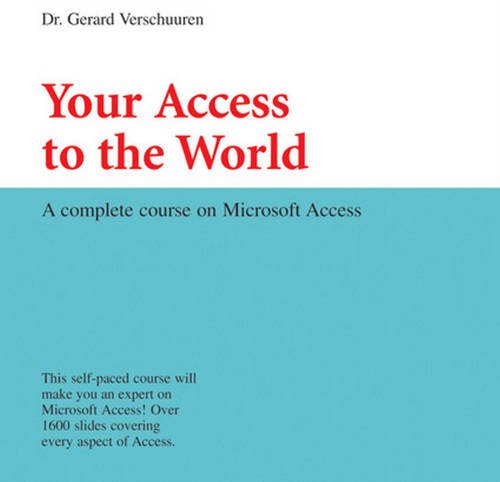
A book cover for Your Access to the World: A Complete Course on Microsoft Access (Visual Training series); Dr. Gerard Verschuuren; Computers & Technology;